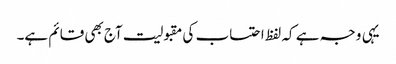
یہی وجہ ہے کہ لفظ احتساب کی مقبولیت آج بھی قائم ہے۔